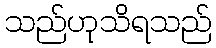
သည်ဟုသိရသည်